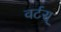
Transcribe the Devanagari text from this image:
वर्टस्